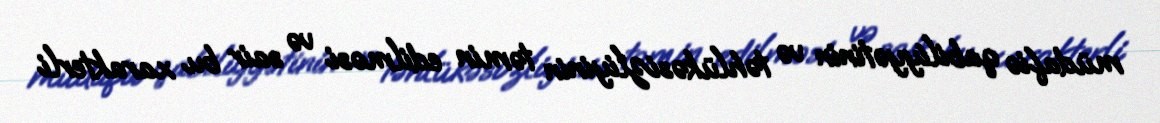
müdafiə qabiliyyətinin və təhlükəsizliyinin təmin edilməsi və sair bu xarakterli